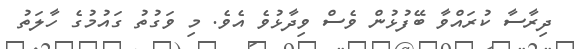
ދިރާސާ ކުރައްވާ ބޭފުޅުން ވެސް ވިދާޅުވެ އެވެ. މި ވަގުތު ގައުމުގެ ހާލަތު